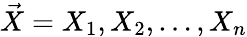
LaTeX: {\vec{X}}=X_{1},X_{2},\dots,X_{n}